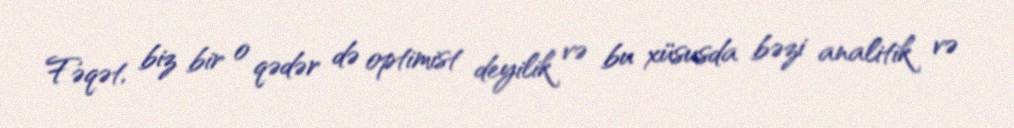
Fəqət, biz bir o qədər də optimist deyilik və bu xüsusda bəzi analitik və